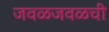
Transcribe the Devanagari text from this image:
जवळजवळची